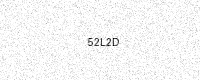
Text: 52L2D